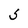
Character: 5